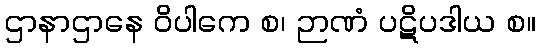
ဌာနာဌာနေ ဝိပါကေ စ၊ ဉာဏံ ပဋိပဒါယ စ။